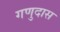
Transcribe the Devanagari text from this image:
गणुदास